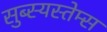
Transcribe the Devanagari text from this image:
सुब्स्यस्तेम्स